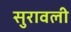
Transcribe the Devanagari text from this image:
सुरावली